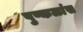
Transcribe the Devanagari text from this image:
पुष्कळांस